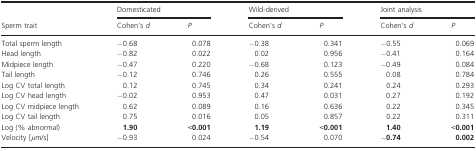
<table><thead><tr><td rowspan="2"><b>Sperm trait</b></td><td colspan="2"><b>Domesticated</b></td><td colspan="2"><b>Wild‐derived</b></td><td colspan="2"><b>Joint analysis</b></td></tr><tr><td><b>Cohen&#x27;s <i>d</i></b></td><td><b><i>P</i></b></td><td><b>Cohen&#x27;s <i>d</i></b></td><td><b><i>P</i></b></td><td><b>Cohen&#x27;s <i>d</i></b></td><td><b><i>P</i></b></td></tr></thead><tbody><tr><td>Total sperm length</td><td>−0.68</td><td>0.078</td><td>−0.38</td><td>0.341</td><td>−0.55</td><td>0.069</td></tr><tr><td>Head length</td><td>−0.82</td><td>0.022</td><td>0.02</td><td>0.956</td><td>−0.41</td><td>0.164</td></tr><tr><td>Midpiece length</td><td>−0.47</td><td>0.220</td><td>−0.68</td><td>0.123</td><td>−0.49</td><td>0.084</td></tr><tr><td>Tail length</td><td>−0.12</td><td>0.746</td><td>0.26</td><td>0.555</td><td>0.08</td><td>0.784</td></tr><tr><td>Log CV total length</td><td>0.12</td><td>0.745</td><td>0.34</td><td>0.241</td><td>0.24</td><td>0.293</td></tr><tr><td>Log CV head length</td><td>−0.02</td><td>0.953</td><td>0.47</td><td>0.031</td><td>0.27</td><td>0.192</td></tr><tr><td>Log CV midpiece length</td><td>0.62</td><td>0.089</td><td>0.16</td><td>0.636</td><td>0.22</td><td>0.345</td></tr><tr><td>Log CV tail length</td><td>0.75</td><td>0.016</td><td>0.05</td><td>0.857</td><td>0.22</td><td>0.311</td></tr><tr><td>Log (% abnormal)</td><td><b>1.90</b></td><td><b>&lt;0.001</b></td><td><b>1.19</b></td><td><b>&lt;0.001</b></td><td><b>1.40</b></td><td><b>&lt;0.001</b></td></tr><tr><td>Velocity [<i>μ</i>m/s]</td><td>−0.93</td><td>0.024</td><td>−0.54</td><td>0.070</td><td>−<b>0.74</b></td><td><b>0.002</b></td></tr></tbody></table>